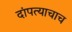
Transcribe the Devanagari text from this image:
दांपत्याचाच